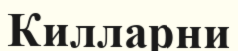
Килларни